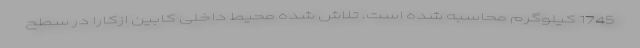
1745 کیلوگرم محاسبه شده است. تلاش شده محیط داخلی کابین ازکارا در سطح